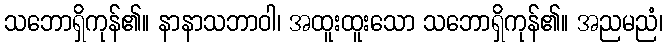
သဘောရှိကုန်၏။ နာနာသဘာဝါ၊ အထူးထူးသော သဘောရှိကုန်၏။ အညမညံ၊